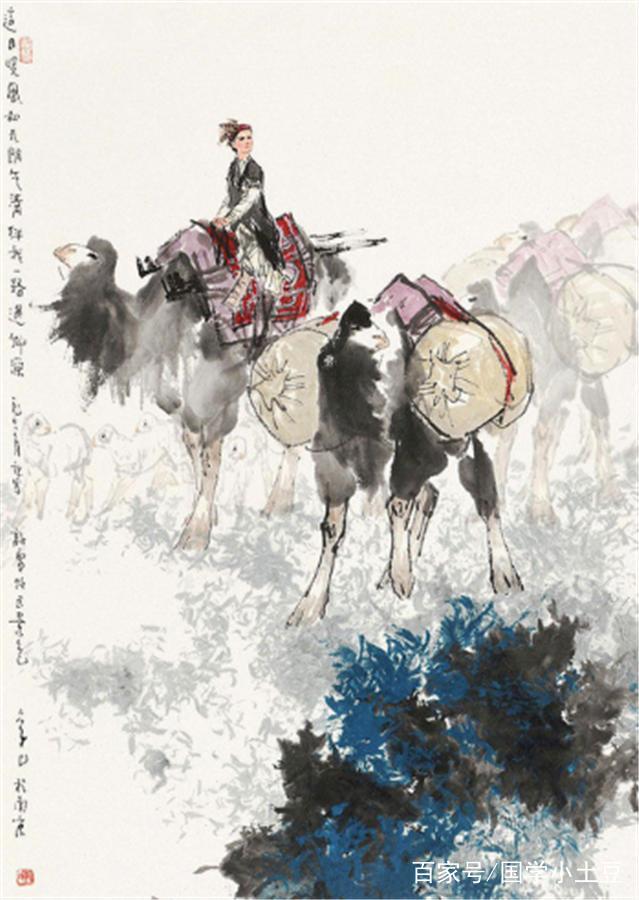
人一能之，己百之。人十能之，己千之。